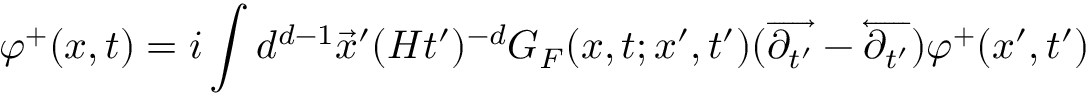
\varphi ^ { + } ( x , t ) = i \int d ^ { d - 1 } \vec { x } ^ { \prime } ( H t ^ { \prime } ) ^ { - d } G _ { F } ( x , t ; x ^ { \prime } , t ^ { \prime } ) ( \overrightarrow { \partial _ { t ^ { \prime } } } - \overleftarrow { \partial _ { t ^ { \prime } } } ) \varphi ^ { + } ( x ^ { \prime } , t ^ { \prime } )